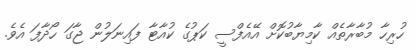
ހުރިހާ މުބާރާތެއް ކާމިޔާބުކޮށް އޭއެފްސީ ކަޕުގެ ކުއާޓާ ފައިނަލުން ޖާގަ ހޯދާފަ އެވެ.